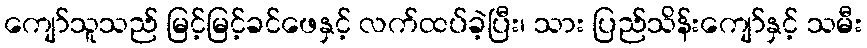
ကျော်သူသည် မြင့်မြင့်ခင်ဖေနှင့် လက်ထပ်ခဲ့ပြီး၊ သား ပြည်သိန်းကျော်နှင့် သမီး